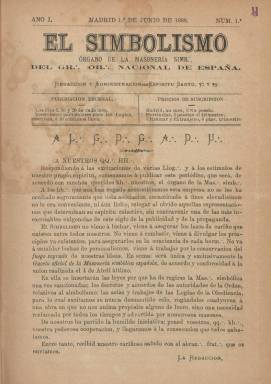
Título: El Simbolismo (Madrid)
Colección: Masonería
Ámbito geográfico: Madrid
Lugar de publicación: Madrid
Fechas: 01/06/1888-31/05/1889

Decenario que comenzará a publicarse el uno de junio de 1888 llevando el subtítulo “órgano de la masonería simbólica del Gran Oriente Nacional de España” [GONE]. Se publicará los días uno, diez y veinte de cada mes. Cada entrega es de ocho páginas (aunque algunas llegarán a ser dobles), compuestas a una columna y estampadas en la madrileña Imprenta de Juan Cayetano García. Su redacción estuvo establecida en la calle Espíritu Santo, 37 y 39, y en su artículo de presentación dirá que será la “gaceta oficial de la Masonería simbólica española”, de “conformidad a la unión realizada el 4 de abril último”.

Esta publicación hay que enmarcarla en el periodo de unión y, después, separación entre dos de los “grandes orientes” de España en los que había quedado fraccionada la masonería española tras el fallecimiento, el 31 de enero de 1887, del marqués Antonio Seoane, quien desde 1876 había venido siendo su “gran maestro”.

Durante el año 1888 se producirá la fusión entre el “Consejo Supremo” que había constituido Alfredo Vega y Fernández, vizconde de Ros, y Miguel Morayta Sagrario (1834-1917), que en ese momento era Gran Maestre Interino de la Gran Logia Simbólica del Gran Oriente de España. Ambos convocarán a todas las logias a una Asamblea Constituyente de la que saldría elegido, a primeros de abril, como Gran Comendador interino el primero de los citados, y como Gran Secretario, el segundo, decidiéndose que el nombre de la “obediencia” resultante se denominara Gran Oriente Nacional de España.

El periódico pues se publicaría durante ese proceso de fusión, y en el saludo a sus lectores se dirá que en el mismo se insertarían las leyes por las que había de regirse la masonería simbólica, los decretos y acuerdos de las autoridades de la “orden” relativos al simbolismo y las actas y trabajos de las “Logias de la Obediencia”. Sus entregas se estructurarán en las secciones doctrinal, oficial, adhesiones y miscelánea.

En el número ocho, correspondiente al 10 de agosto, aparecerá indicado en la cabecera –a la que se le añade ya el grabado con el símbolo de la masonería– el nombre del director de la publicación: Francisco Muñoz y Tardío, que actuaba como “gran secretario”, al tiempo que el vizconde de Ros presentaba su dimisión.

A partir de uno de diciembre el subtítulo exacto del periódico será modificado a: “órgano oficial de la Gran Logia Simbólica Central del Gran Oriente Nacional de España”, asociación que será registrada y legalmente reconocida por el Gobierno Civil de Madrid, el 15 de enero de 1889, a la vez que Miguel Morayta asumía el cargo de gran comendador de la misma.

La última entrega de este título en la colección de la Biblioteca Nacional de España corresponde a su número 30, correspondiente al 31 de mayo de 1889, cuando la ruptura con la “obediencia” del vizconde de Ros ya se había consumado de nuevo.